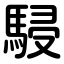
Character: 駸